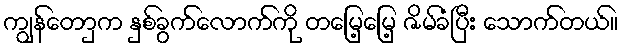
ကျွန်တောှက နှစ်ခွက်လောက်ကို တမြေ့မြေ့ ဇိမ်ခံပြီး သောက်တယ်။